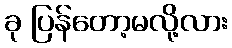
ခု ပြန်တော့မလို့လား